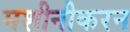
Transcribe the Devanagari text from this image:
मशीनीकरन